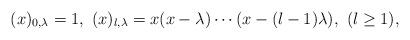
LaTeX: \begin{align*}(x)_{0,\lambda }=1,\,\,(x)_{l,\lambda }=x(x-\lambda )\cdots(x-(l-1)\lambda ),\,\,(l \geq 1),\end{align*}